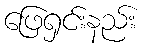
ဖြေရှင်းနည်း